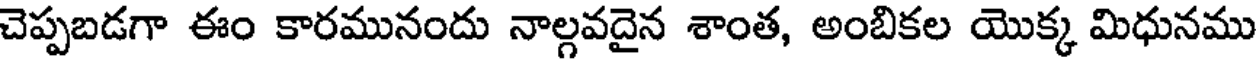
చెప్పబడగా ఈం కారమునందు నాల్గవదైన శాంత, అంబికల యొక్క మిధునము